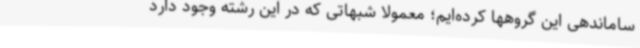
ساماندهی این گروهها کرده‌ایم؛ معمولا شبهاتی که در این رشته وجود دارد